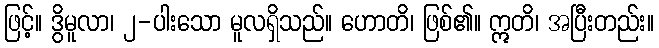
ဖြင့်။ ဒွိမူလာ၊ ၂-ပါးသော မူလရှိသည်။ ဟောတိ၊ ဖြစ်၏။ ဣတိ၊ အပြီးတည်း။